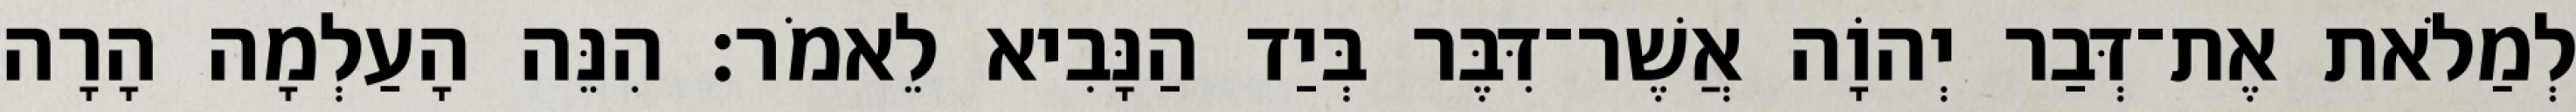
לְמַלֹאת אֶת־דְּבַר יְהוָֹה אֲשֶׁר־דִּבֶּר בְּיַד הַנָּבִיא לֵאמֹר׃ הִנֵּה הָעַלְמָה הָרָה